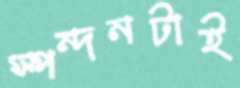
স্পন্দনটাই